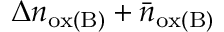
\Delta n _ { \mathrm { o x ( B ) } } + \bar { n } _ { \mathrm { o x ( B ) } }